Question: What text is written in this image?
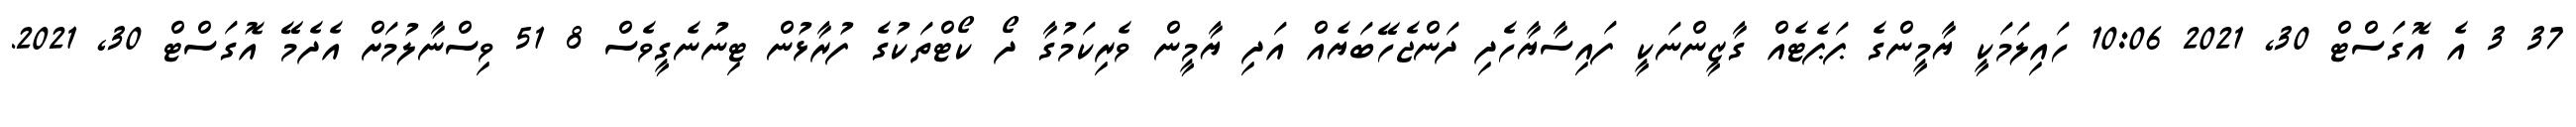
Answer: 37 3 އެ އޮގަސްޓް 30, 2021 10:06 ހައިލަމަކީ ޔާމީންގެ ޕަޕެޓެއް ގާޒީންނަކީ ފައިސާޔާހެދި ދަންޖެހޭބަޔެއް އަދި ޔާމީން ވެރިކަމުގާ ދޯ ކޯޓްތަކުގެ ފުރާޅުން ޓިނުނެގީވެސް 8 51 ވިސްނާލުމަށް އެދެމޭ އޮގަސްޓް 30, 2021.